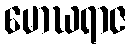
မောဃရာဇ